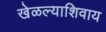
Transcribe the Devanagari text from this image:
खेळल्याशिवाय